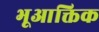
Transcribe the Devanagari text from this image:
भूआक्तिक